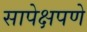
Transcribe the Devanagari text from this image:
सापेक्षपणे